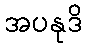
အပနုဒိ